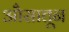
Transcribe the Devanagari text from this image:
औसातून